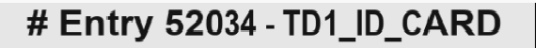
# Entry 52034 - TD1_ID_CARD